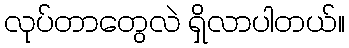
လုပ်တာတွေလဲ ရှိလာပါတယ်။